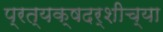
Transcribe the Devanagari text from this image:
प्रत्यक्षदर्शीच्या